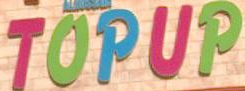
TOPUP